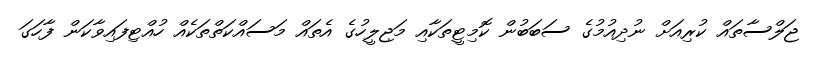
ޖަލްސާތައް ކުރިއަށް ނުދިއުމުގެ ސަބަބުން ކޮމިޓީތަކާއި މަޖިލީހުގެ އެތައް މަސައްކަތްތަކެއް ހުއްޓިފައިވާކަން ފާހަގަ